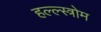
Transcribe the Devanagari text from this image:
हल्ल्स्त्रोम